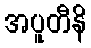
အပူတီနိ